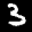
Label: 3